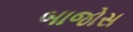
બાજોસ